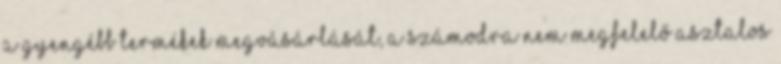
a gyengébb termékek megvásárlását, a számodra nem megfelelő asztalos